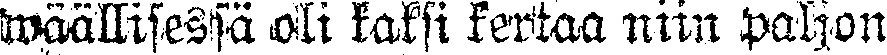
wäällisessä oili kaksi kertaa niin paljon